Calcutta medical institutions reports 1871-78
Year: 1871
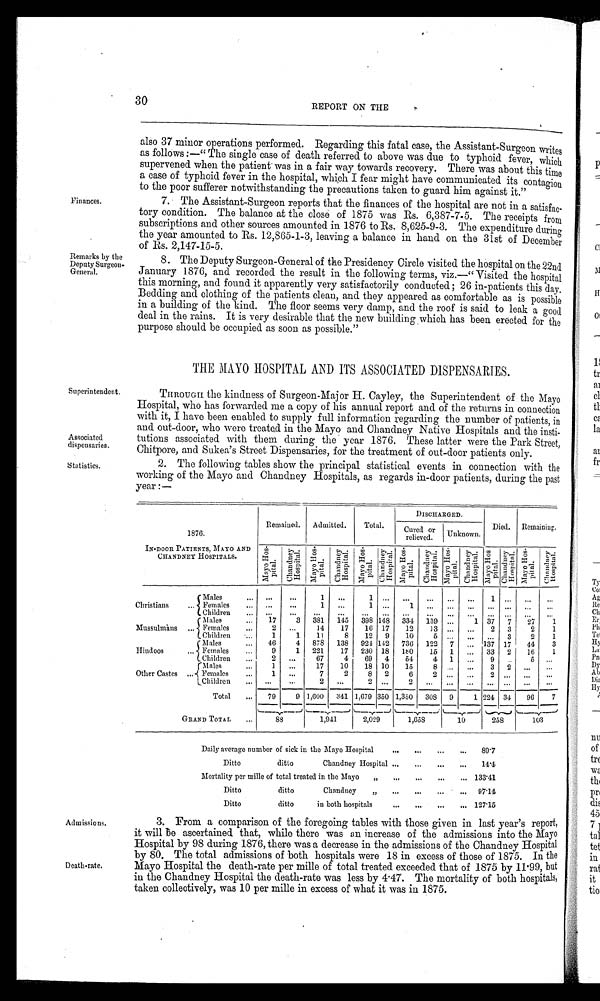
Superintendent.
Associated
dispensaries.
Statistics.
30
REPORT ON THE
Finances.
Remarks by the
Deputy Surgeon-
General.
also 37 minor operations performed. Regarding this fatal case, the Assistant-Surgeon writes
as follows:—"The single case of death referred to above was due to typhoid fever, which
supervened when the patient was in a fair way towards recovery. There was about this time
a case of typhoid fever in the hospital, which I fear might have communicated its contagion
to the poor sufferer notwithstanding the precautions taken to guard him against it."
7. The Assistant-Surgeon reports that the finances of the hospital are not in a satisfac-
tory condition. The balance at the close of 1875 was Rs. 6,387-7-5. The receipts from
subscriptions and other sources amounted in 1876 to Rs. 8,625-9-3. The expenditure during
the year amounted to Rs. 12,865-1-3, leaving a balance in hand on the 31st of December
of Rs. 2,147-15-5.
8. The Deputy Surgeon-General of the Presidency Circle visited the hospital on the 22nd
January 1876, and recorded the result in the following terms, viz.—"Visited the hospital
this morning, and found it apparently very satisfactorily conducted; 26 in-patients this day.
Bedding and clothing of the patients clean, and they appeared as comfortable as is possible
in a building of the kind. The floor seems very damp, and the roof is said to leak a good
deal in the rains. It is very desirable that the new building which has been erected for the
purpose should be occupied as soon as possible."
THE MAYO HOSPITAL AND ITS ASSOCIATED DISPENSARIES.
THROUGH the kindness of Surgeon-Major H. Cayley, the Superintendent of the Mayo
Hospital, who has forwarded me a copy of his annual report and of the returns in connection
with it, I have been enabled to supply full information regarding the number of patients, in
and out-door, who were treated in the Mayo and Chandney Native Hospitals and the insti-
tutions associated with them during the year 1876. These latter were the Park Street,
Chitpore, and Sukea's Street Dispensaries, for the treatment of out-door patients only.
2. The following tables show the principal statistical events in connection with the
working of the Mayo and Chandney Hospitals, as regards in-door patients, during the past
year:—
Admissions.
Death-rate.
1876.
I N - D O O R P A T I E N T S , M A Y O A N D
CHANDNEY HOSPITALS.
Remained. Admitted.
Total.
DI SCHARGED.
Died. Remaining.
Cured or
relieved. Unknown.
M a y o H o s - p i t a l .
C h a n d n e y H o s p i t a l .
M a y o H o s - p i t a l .
C h a n d n e y H o s p i t a l .
M a y o H o s - p i t a l .
C h a n d n e y H o s p i t a l .
M a y o H o s - p i t a l .
C h a n d n e y H o s p i t a l .
M a y o H o s - p i t a l . C h a n d n e y H o s p i t a l .
M a y o H o s - p i t a l . C h a n d n e y H o s p i t a l . M a y o H o s - p i t a l .
C h a n d n e y H o s p i t a l .
Males
... ...
...
1 ...
1 ... ...
... ... ...
1 ... ... ...
Christians ... Females ...
. . .
...
1 ...
1 . . .
1 ... ... ... ... ... ...
. . .
Children ...
. . .
. . .
. . .
. . .
. . .
. . .
. . .
. . . ...
. . .
. . . ...
. . .
...
Males
. . .
1 7
3 381 145 398 148 334 139 ...
1
3 7
7
2 7 1
Mussulmans ... Females
. . .
2 ...
14
17
16 17
12
13 ... ...
2
3
2 1
Children ...
1
1
11
8
12 9
10
5
. . .
. . . . . . 3
2
1
Males
...
4 6
4 878 138 924 142 736 122 7 ... 137 17
44
3
H i n d o o s . . . Females ...
9
1 221
17 230 18
1 8 0 15 1 ... 33 2
1 6
1
Children ...
2 ...
67
4
69 4
54
4 1
. .
9 ...
5 ...
Mal es ...
1 ...
17
10
18 10
15
8 ... ...
3
2 ... ...
Other Castes
. . . Females ...
1 . . .
7
2
8 2
6
2 ... ...
2... ... ...
Children ... ... ...
2 ...
2 ...
2 ...
... ... ... ... ...
...
Total ...
79
9 1,600 341 1,679 350 1,350 308 9
1 224 34 96
7
GRAND TOTAL ...
88
1,941
2,029 1,658
10
258 103
Daily average number of sick in the Mayo Hospital
...
...
... ... 89·7
Ditto
ditto
Chandney Hospital ... ...
... ...
1 4 · 4
Mortality per mille of total treated in the Mayo " ... ...
...
... 133·41
Ditto
ditto
Chandney "
...
...
... ... 97·14
Ditto
ditto
in both hospitals
... ... ... ... 127·15
3. From a comparison of the foregoing tables with those given in last year's report,
it will be ascertained that, while there was an increase of the admissions into the Mayo
Hospital by 98 during 1876, there was a decrease in the admissions of the Chandney Hospital
by 80. The total admissions of both hospitals were 18 in excess of those of 1875. In the
Mayo Hospital the death-rate per mille of total treated exceeded that of 1875 by 11·99, but
in the Chandney Hospital the death-rate was less by 4·47. The mortality of both hospitals,
taken collectively, was 10 per mille in excess of what it was in 1875.